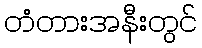
တံတားအနီးတွင်